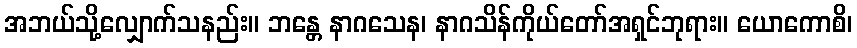
အဘယ်သို့လျှောက်သနည်း။ ဘန္တေ နာဂသေန၊ နာဂသိန်ကိုယ်တော်အရှင်ဘုရား။ ယောကောစိ၊